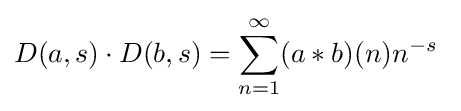
D(a,s)\cdot D(b,s)=\sum _{n=1}^{\infty }(a*b)(n)n^{-s}\